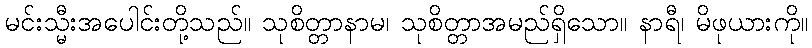
မင်းသ္မီးအပေါင်းတို့သည်။ သုစိတ္တာနာမ၊ သုစိတ္တာအမည်ရှိသော။ နာရီ၊ မိဖုယားကို။